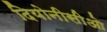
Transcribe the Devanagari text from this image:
दियोनीसीओ